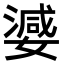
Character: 𭒞